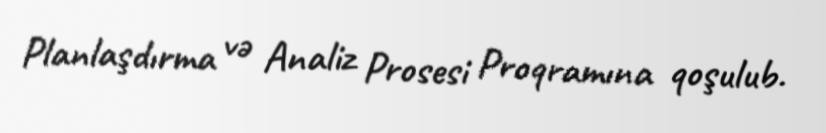
Planlaşdırma və Analiz Prosesi Proqramına qoşulub.